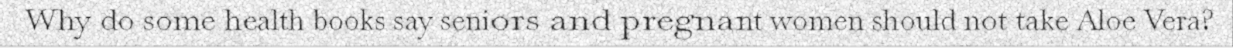
Why do some health books say seniors and pregnant women should not take Aloe Vera?